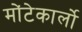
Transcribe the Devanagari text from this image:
मोंटेकार्लो